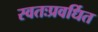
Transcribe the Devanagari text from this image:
स्वतःप्रवर्धित